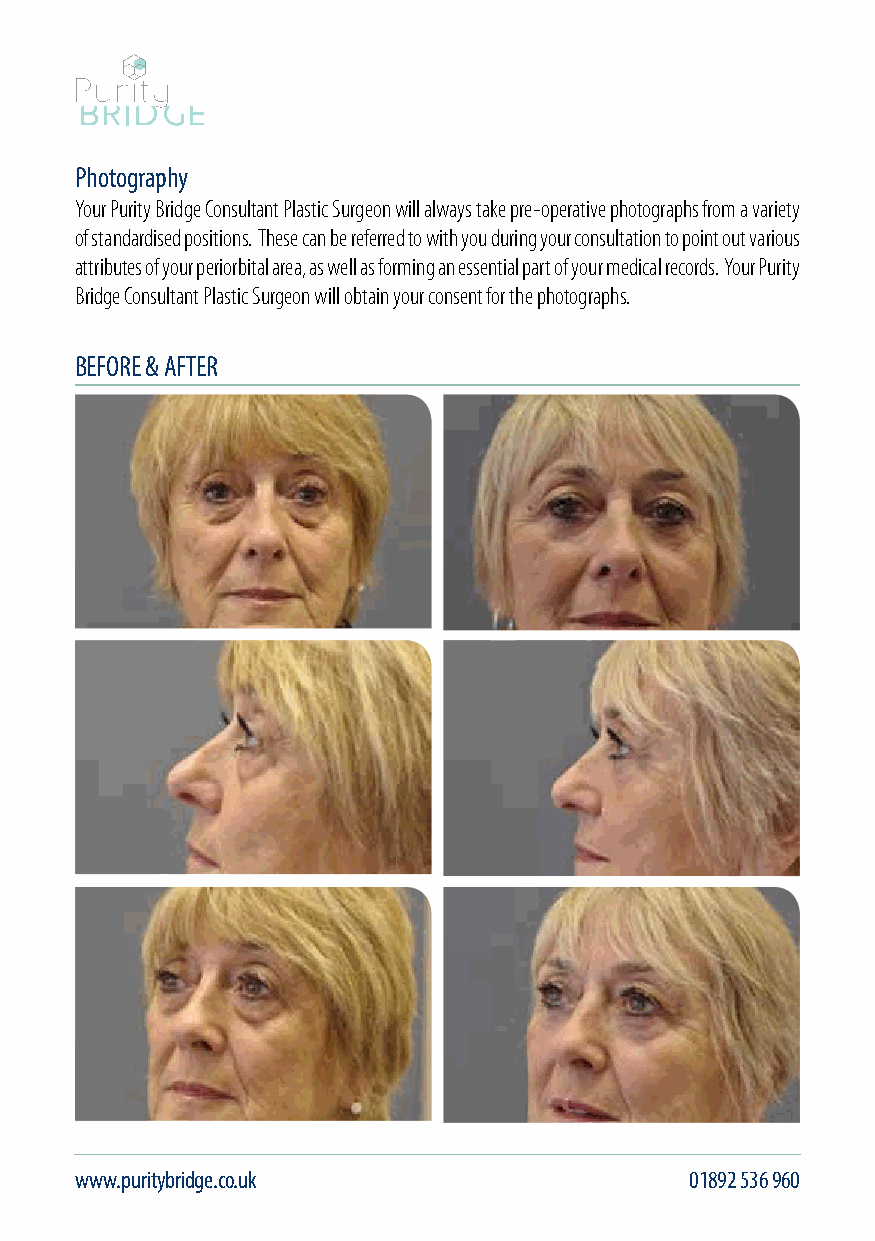
Photography
 Your Purity Bridge Consultant Plastic Surgeon will always take pre-operative photographs from a variety
 of standardised positions. These can be referred to with you during your consultation to point out various
 attributes of your periorbital area, as well as forming an essential part of your medical records. Your Purity
 Bridge Consultant Plastic Surgeon will obtain your consent for the photographs.
 BEFORE & AFTER
 www.puritybridge.co.uk                   01892 536 960                                        info@puritybridge.co.uk